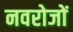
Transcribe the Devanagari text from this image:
नवरोजों